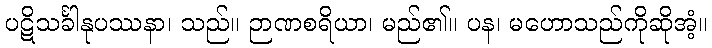
ပဋိသင်္ခါနုပဿနာ၊ သည်။ ဉာဏစရိယာ၊ မည်၏။ ပန၊ မဟောသည်ကိုဆိုအံ့။